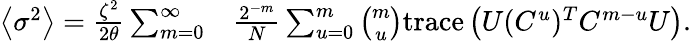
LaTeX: \begin{array}{rl}{\left\langle\sigma^{2}\right\rangle=\frac{\zeta^{2}}{2\theta}\sum_{m=0}^{\infty}}&{{}\frac{2^{-m}}{N}\sum_{u=0}^{m}\binom{m}{u}\mathrm{trace}\left(U(C^{u})^{T}C^{m-u}U\right).}\end{array}